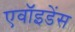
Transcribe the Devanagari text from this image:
एवॉइडेंस